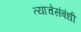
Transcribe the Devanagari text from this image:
त्याचेसंबंधी